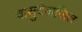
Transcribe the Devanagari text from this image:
वासुदेवाजित